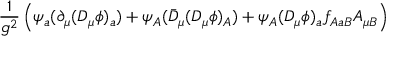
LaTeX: \frac { 1 } { g ^ { 2 } } \left( \psi _ { a } ( \partial _ { \mu } ( D _ { \mu } \phi ) _ { a } ) + \psi _ { A } ( \bar { D } _ { \mu } ( D _ { \mu } \phi ) _ { A } ) + \psi _ { A } ( D _ { \mu } \phi ) _ { a } f _ { A a B } A _ { \mu B } \right)